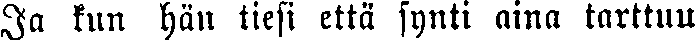
Ja kun hän tiesi että synti aina tarttuu